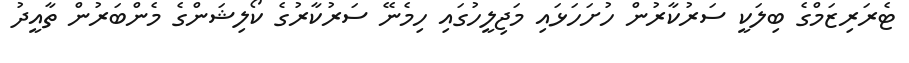
ޓެރަރިޒަމްގެ ބިލަކީ ސަރުކާރުން ހުށަހަޅައި މަޖިލީހުގައި ހިމެނޭ ސަރުކާރުގެ ކޯލިޝަންގެ މެންބަރުން ތާއީދު